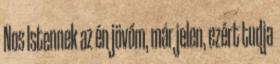
Nos Istennek az én jövőm, már jelen, ezért tudja